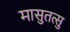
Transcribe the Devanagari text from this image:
मासुतत्सु